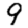
Digit: 9